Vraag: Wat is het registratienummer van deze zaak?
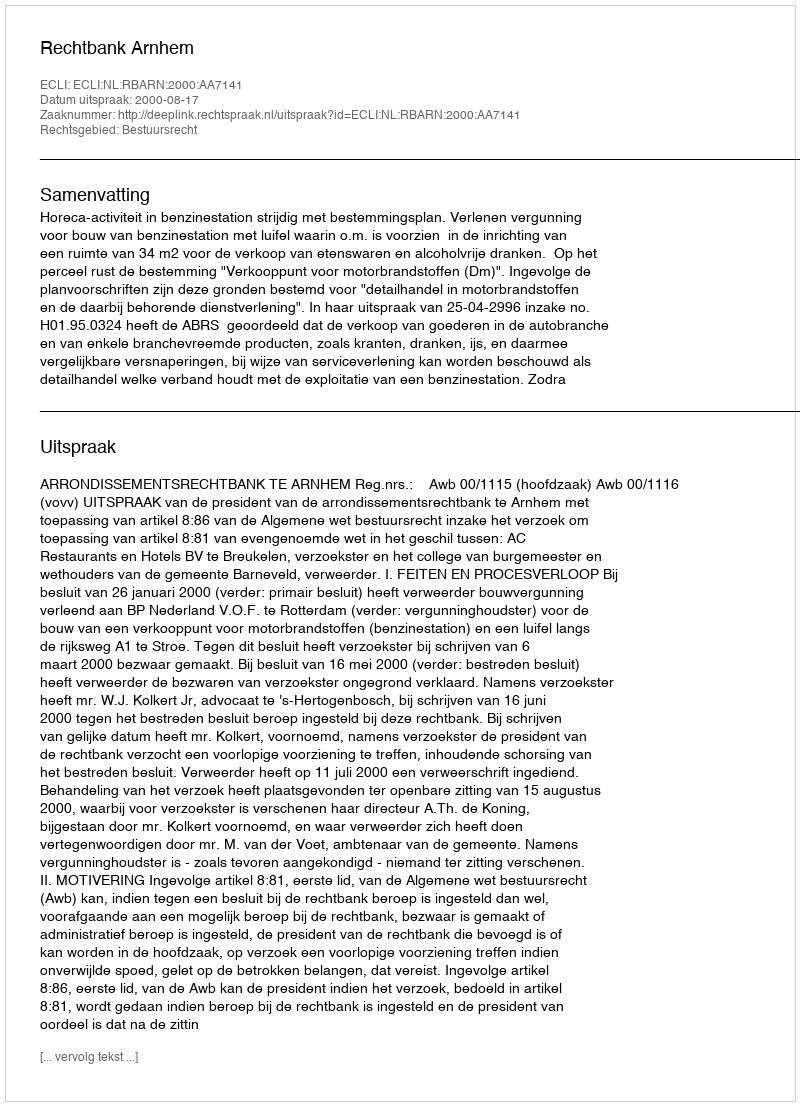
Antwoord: http://deeplink.rechtspraak.nl/uitspraak?id=ECLI:NL:RBARN:2000:AA7141